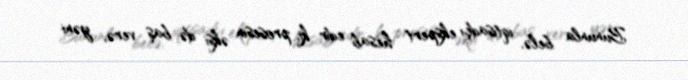
Bununla belə, iqtisadçı ekspert hesab edir ki, prosesin əksi də baş verə, yəni